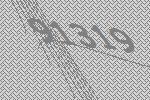
91319